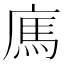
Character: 𢉿